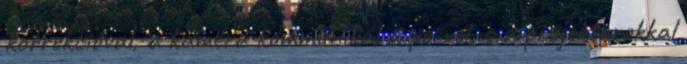
korrekcióval, a kamera kommunikál a pc-vel, s a projektorokkal